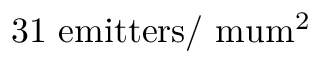
\mathrm { 3 1 ~ e m i t t e r s / \ m u m ^ { 2 } }